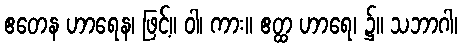
ဧတေန ဟာရေန၊ ဖြင့်။ ဝါ၊ ကား။ ဧတ္ထ ဟာရေ၊ ၌။ သဘာဂါ၊